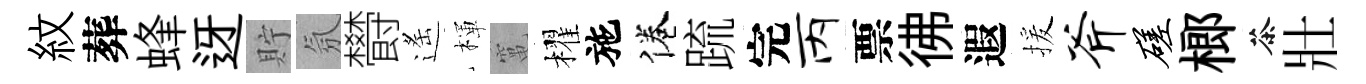
紋葬蜂迓貯氛欎遙楎𥧄櫂施倦䟽完丙票彿遐援斧磋榔茶壯